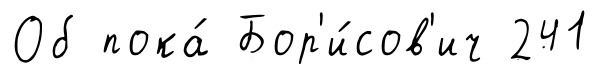
Об пока́ Бор'и́сов'ич 241